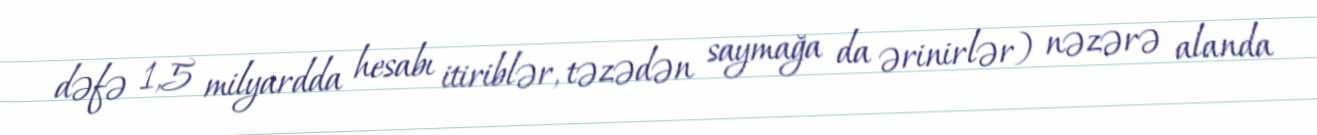
dəfə 1,5 milyardda hesabı itiriblər, təzədən saymağa da ərinirlər) nəzərə alanda